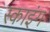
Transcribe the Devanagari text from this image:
स्काइंग